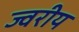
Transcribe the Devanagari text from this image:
ज्वरीय